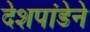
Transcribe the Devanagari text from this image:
देशपांडेने